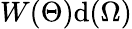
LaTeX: W(\Theta){\textrm{d}}(\Omega)